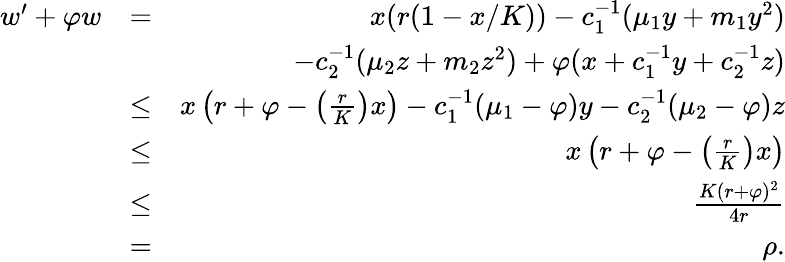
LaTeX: \begin{array}{rlr}{w^{\prime}+\varphi w}&{=}&{x(r(1-x/K))-c_{1}^{-1}(\mu_{1}y+m_{1}y^{2})}\\ &{}&{-c_{2}^{-1}(\mu_{2}z+m_{2}z^{2})+\varphi(x+c_{1}^{-1}y+c_{2}^{-1}z)}\\ &{\leq}&{x\left(r+\varphi-\left(\frac{r}{K}\right)x\right)-c_{1}^{-1}(\mu_{1}-\varphi)y-c_{2}^{-1}(\mu_{2}-\varphi)z}\\ &{\leq}&{x\left(r+\varphi-\left(\frac{r}{K}\right)x\right)}\\ &{\leq}&{\frac{K(r+\varphi)^{2}}{4r}}\\ &{=}&{\rho.}\end{array}